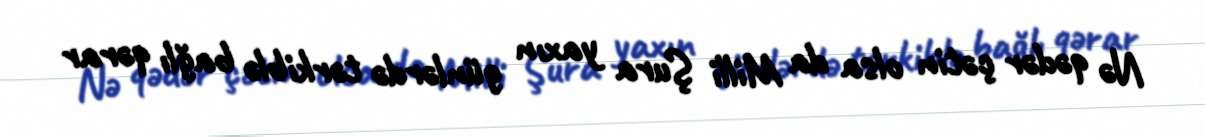
Nə qədər çətin olsa da Milli Şura yaxın günlərdə tərkiblə bağlı qərar